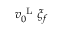
v _ { 0 } ^ { \mathrm { ~ L ~ } } \xi _ { f }